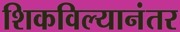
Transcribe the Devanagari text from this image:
शिकविल्यानंतर